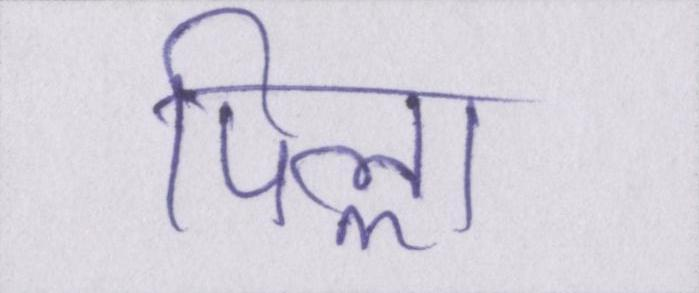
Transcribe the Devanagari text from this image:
पिल्ला